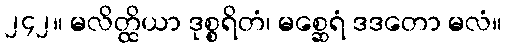
၂၄၂။ မလိတ္ထိယာ ဒုစ္စရိတံ၊ မစ္ဆေရံ ဒဒတော မလံ။